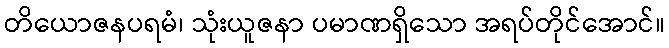
တိယောဇနပရမံ၊ သုံးယူဇနာ ပမာဏရှိသော အရပ်တိုင်အောင်။